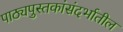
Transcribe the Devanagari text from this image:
पाठ्यपुस्तकांसंदर्भातील